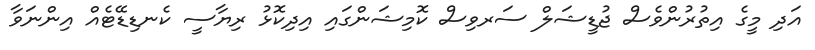
އަދި މީގެ އިތުރުންވެސް ޖުޑީޝަލް ސަރވިސް ކޮމިޝަންގައި އިދިކޮޅު ރިޔާސީ ކެނޑިޑޭޓެއް އިންނަވާ